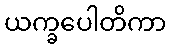
ယက္ခပေါတိကာ